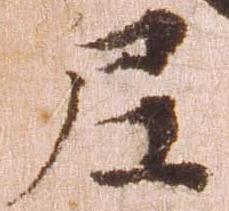
尼